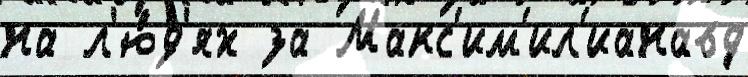
на л'ю́д'ях за Макс'им'ил'ианавд